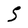
Character: 5